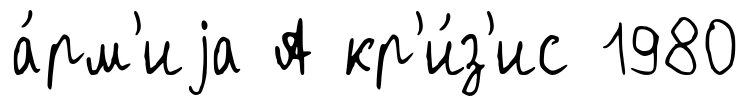
а́рм'иjа А кр'и́з'ис 1980